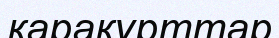
қарақұрттар